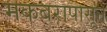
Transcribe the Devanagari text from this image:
मकबरापासून